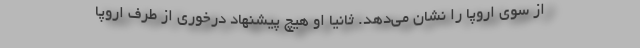
از سوی اروپا را نشان می‌دهد. ثانیاً او هیچ پیشنهاد درخوری از طرف اروپا